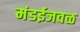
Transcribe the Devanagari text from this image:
मंडईजवळ